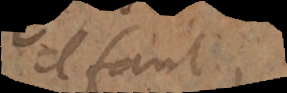
il faut